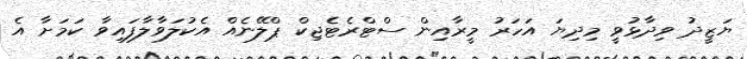
ޔަޒީދު ވިދާޅުވީ މިދިޔަ އަހަރު މީރާއިން ސްޓްރެޓެޖިކް ޕްލޭނެއް އެކުލަވާލާފައިވާ ކަމަށާ އެ